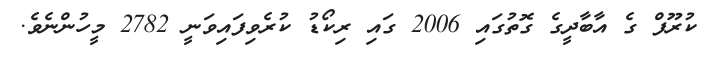
ކުރޫފް ގެ އާބާދީގެ ގޮތުގައި 2006 ގައި ރިކޯޑު ކުރެވިފައިވަނީ 2782 މީހުންނެވެ.